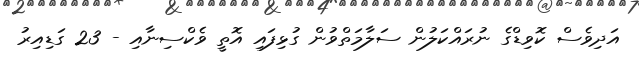
އަދިވެސް ކޮވިޑްގެ ނުރައްކަލުން ސަލާމަތްވުން ގުޅިފައި އޮތީ ވެކްސިނާއި - 23 ގަޑިއިރު